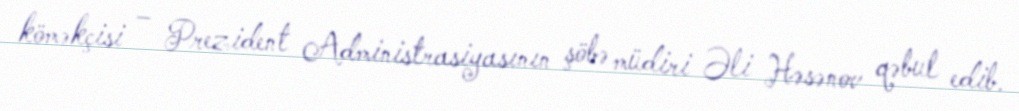
köməkçisi – Prezident Administrasiyasının şöbə müdiri Əli Həsənov qəbul edib.